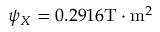
\psi _ { X } = 0 . 2 9 1 6 \mathrm { T } \cdot \mathrm { m } ^ { 2 }